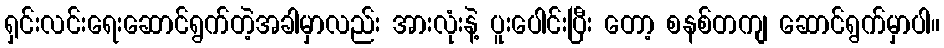
ရှင်းလင်းရေးဆောင်ရွက်တဲ့အခါမှာလည်း အားလုံးနဲ့ ပူးပေါင်းပြီး တော့ စနစ်တကျ ဆောင်ရွက်မှာပါ။